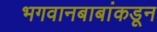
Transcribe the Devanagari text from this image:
भगवानबाबांकडून